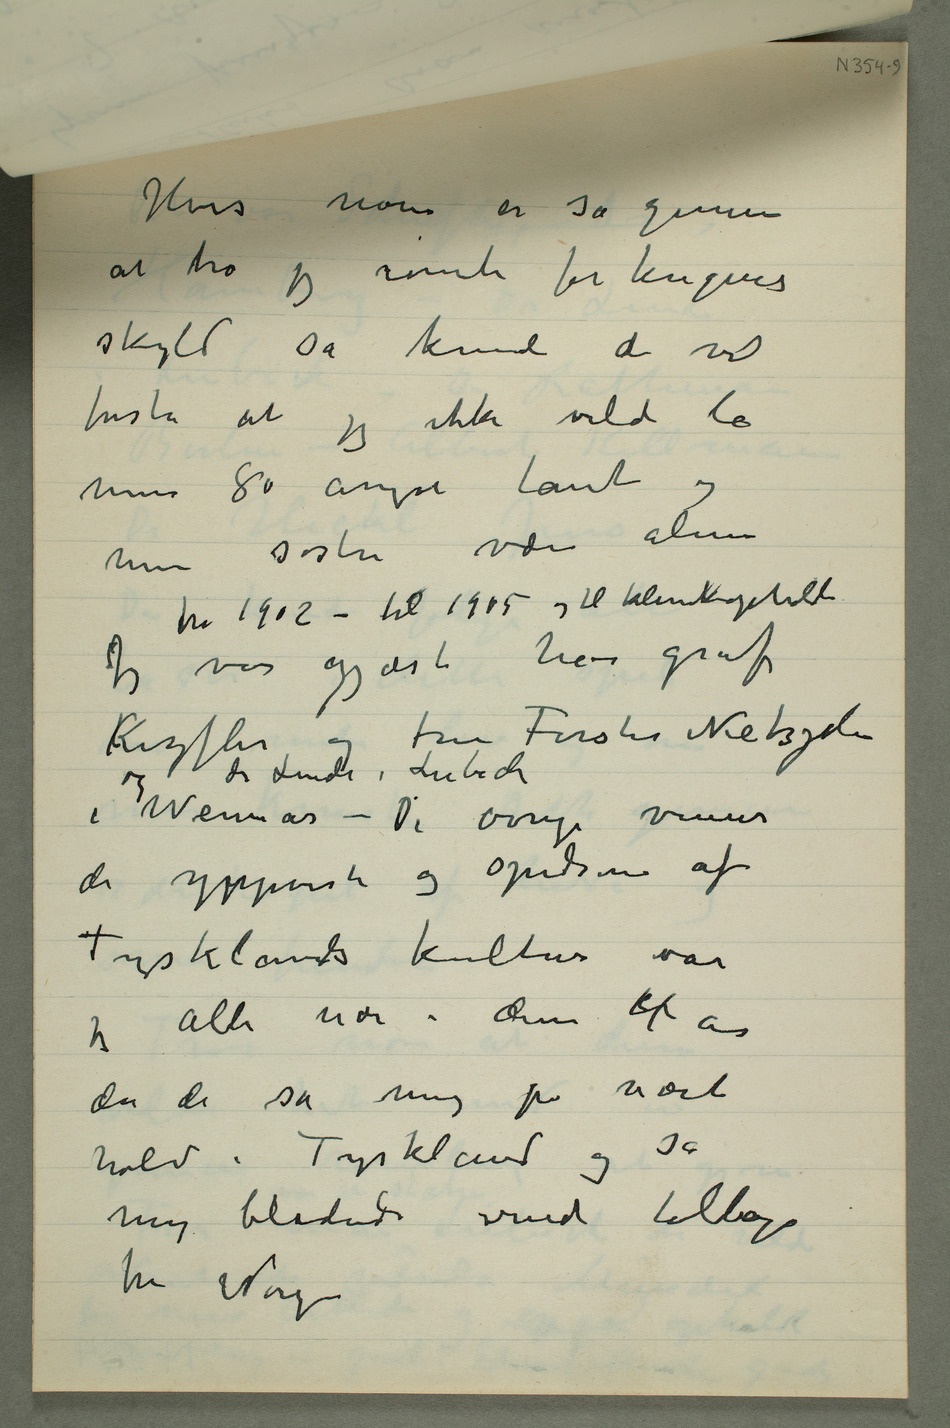
Hvis noen er så gemene
at tro jeg rømte for krigens
skyld så kunde de vel
forstå at jeg ikke vilde la
min 80 årige tante og
mine søstre være alene Jeg var
fra 1902 – til 1905 og til klinikopholdet
de ypeperste og spidsene af
da de så mig på nært
hold i Tyskland og så
mig blødende vende tilbage
Norge